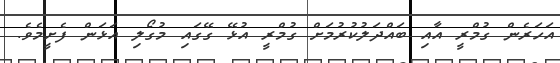
އަހަރެން ގުމްރީ އާއި ބައްދަލުކުރުމަށް ގުމްރީ އުޅޭ ގޭގައި މުގޯލި އަޅަން ފެށީމެވެ.